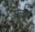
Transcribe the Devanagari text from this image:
रील्स